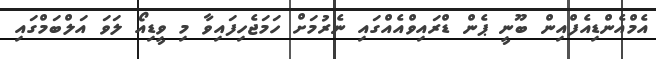
އެމްއެންޑިއެފްއިން ބޫނީ ޕެން ޑްރައިވްއެއްގައި ނެރުމަށް ހަމަޖެހިފައިވާ މި ވީޑިއޯ ލަވަ އަލްބަމްގައި